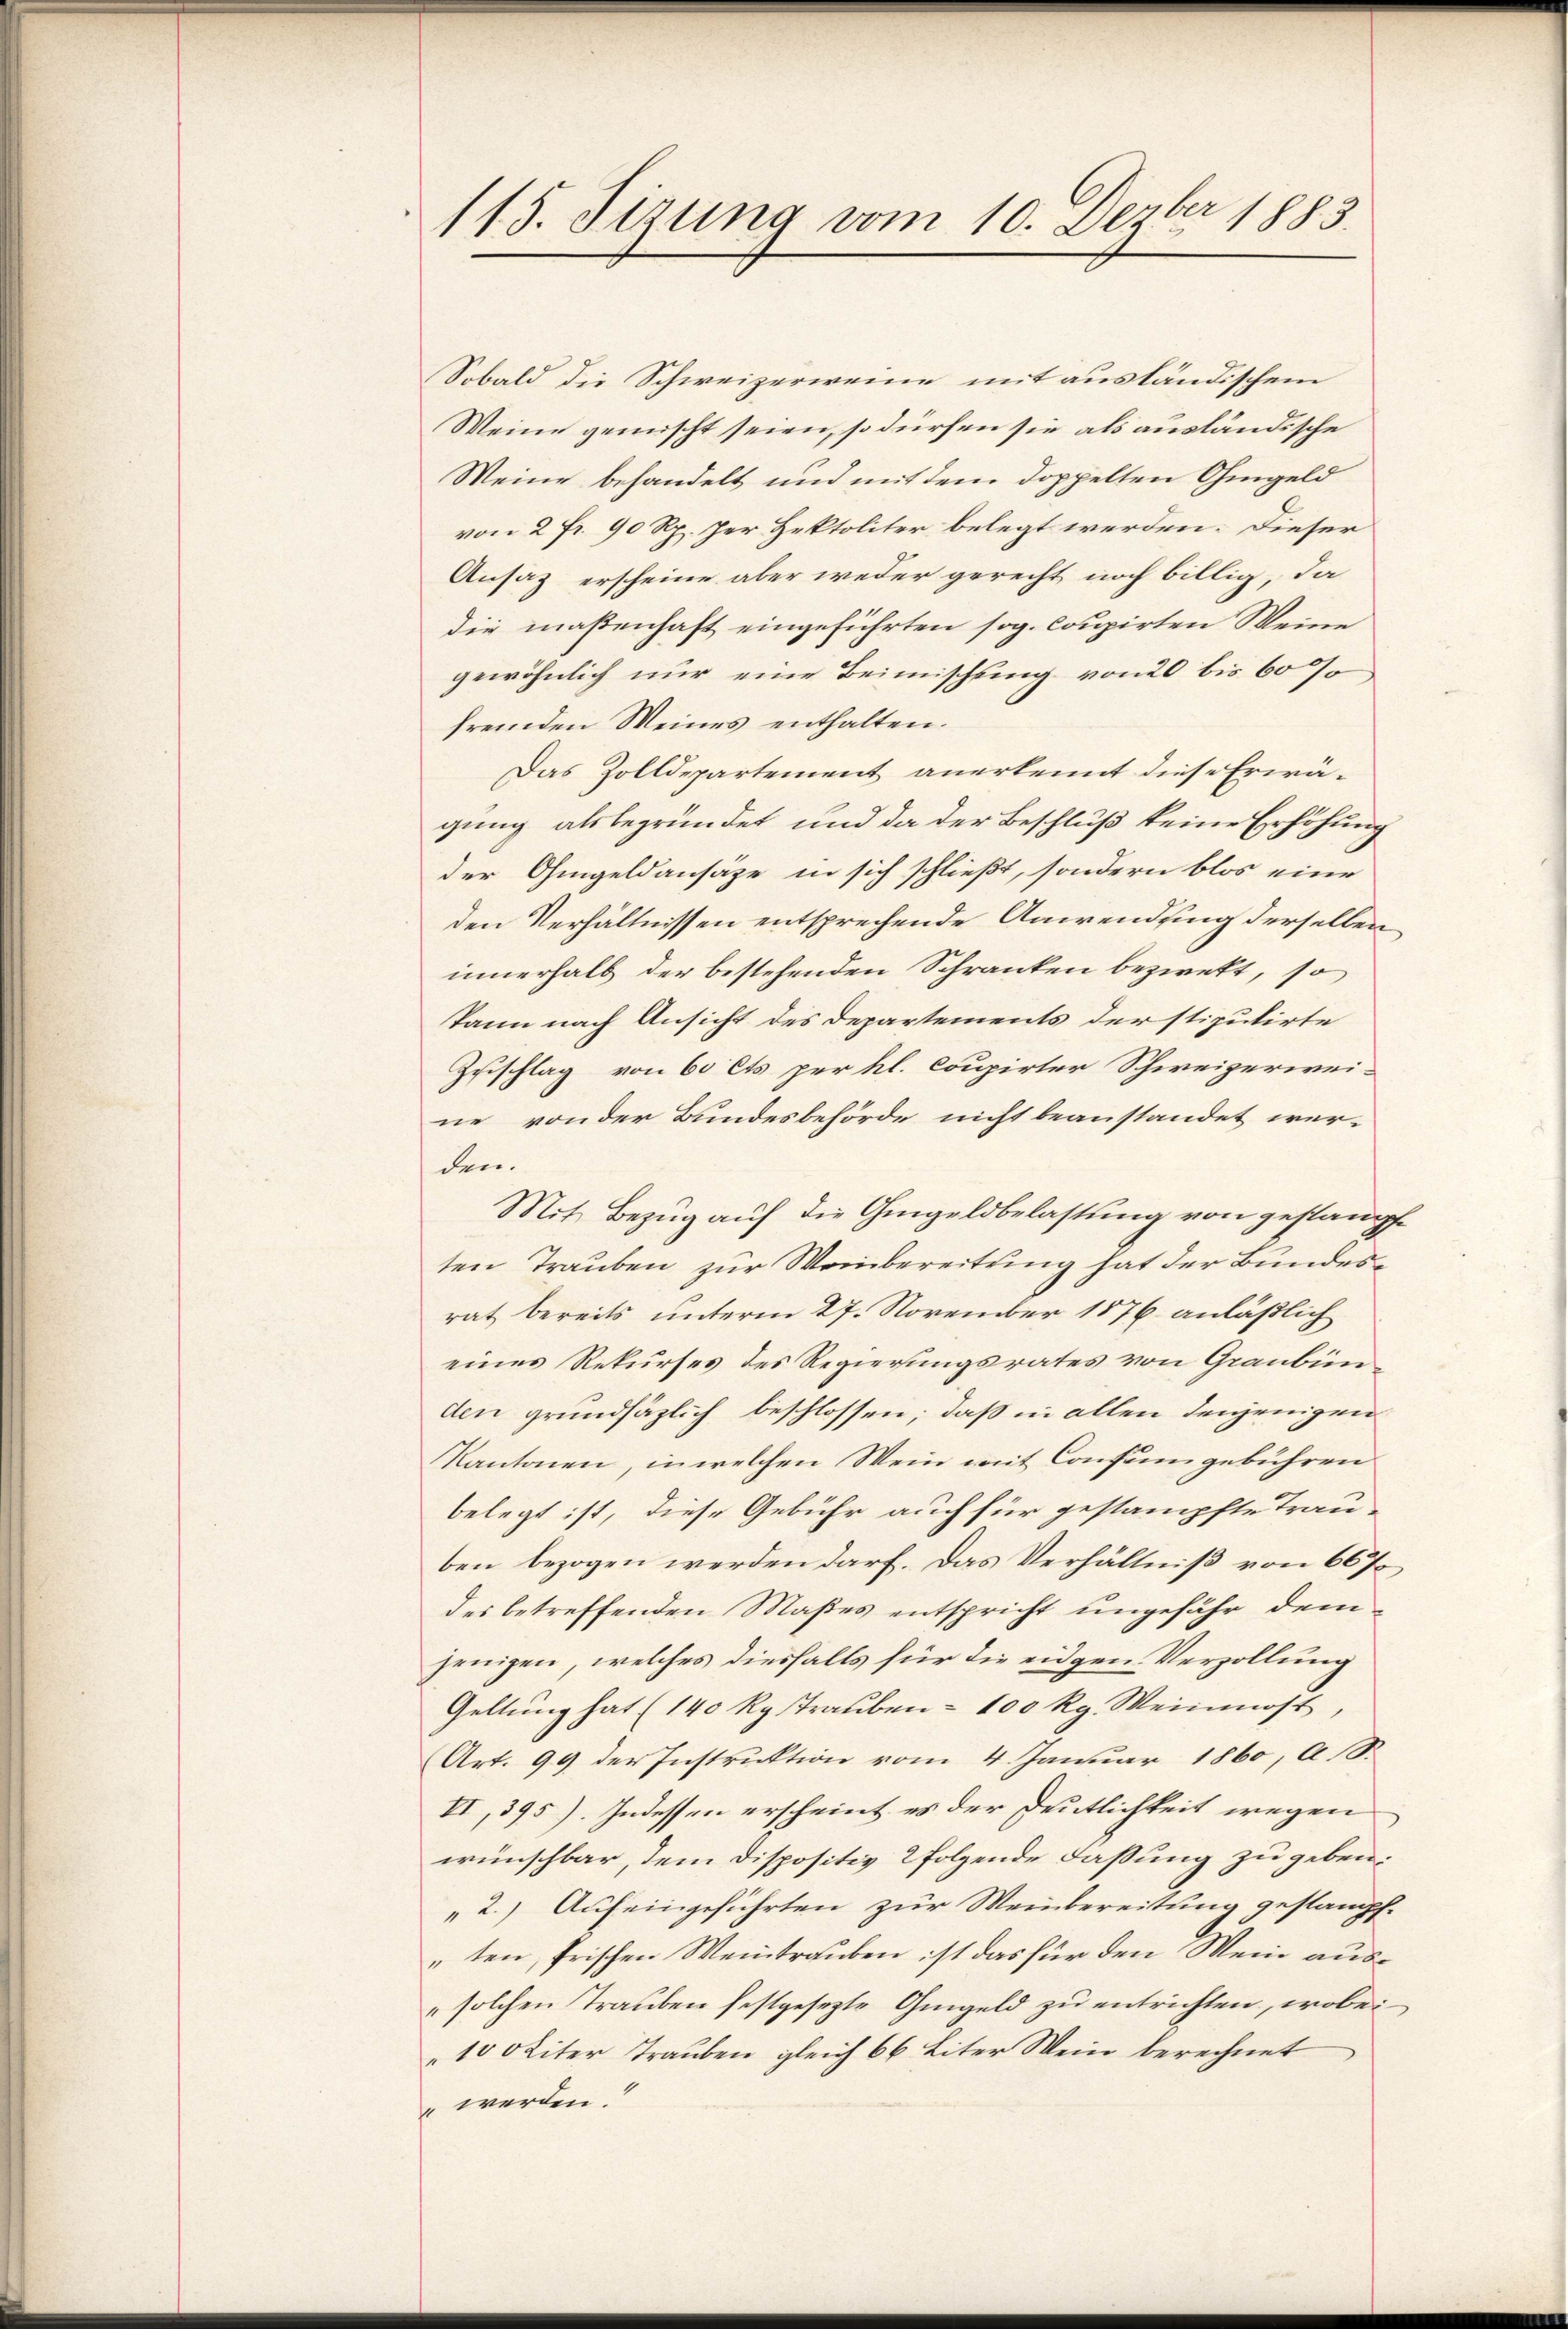
115. Sizung vom 10. Dezber 1883.

Sobald die Schweizerweine mit ausländischem
Weine gemischt seien, so dürfen sie als ausländische
Weine behandelt und mit dem doppelten Ohmgeld
von 2 fr. 90 Rp. per Hektoliter belegt werden. Dieser
Ansaz erscheine aber weder gerecht noch billig, da
die maßenhaft eingeführten sog. Coupirten Weine
gewöhnlich nur eine Beimischung von 20 bis 60
fremden Weines enthalten.
Das Zolldepartement anerkennt diese Erwägung als begründet und da der Beschluß keine Erhöhung
der Ohmgeldansäze in sich schließt, sondern blos eine
den Verhältnissen entsprechende Anwendung derselben
innerhalb der bestehenden Schranken bezwekt, so
kann nach Ansicht des Departements der stipulirte
Zuschlag von 60 Cts per hl. Coupirter Schweizerwei-
ne von der Bundesbehörde nicht beanstandet wer-
den.
Mit Bezug auf die Gingeldbelastung von gestampften Trauben zur Weinbereitung hat der Bundesrat bereits unterm 27. November 1876 anläßlich
eines Rekurses des Regierungsrates von Graubünden grundsätzlich beschlossen; daß in allen denjenigen
Kantonen, in welchen Wein mit Consumgebühren
belegt ist, diese Gebühr auch für gestampfte Trau-
ben bezogen werden darf. Das Verhältniß von 667
des betreffenden Maßes entspricht ungefähr demjenigen, welches diesfalls für die eidgen Verzollung
Geltung hat (140 Rp. Trauben = 100 Rg. Weinmost
Art. 99 der Instruktion vom 4. Januar 1860, a S.
VI,395). Indessen erscheint es der Deutlichkeit wegen
wünschbar, dem Dispositiv folgende Faßung zu geben:
„2.) Auf eingeführten zur Weinbereitung gestampf¬
„ten, frischen Weintrauben ist das für den Wein aus¬
" solchen Trauben festgesezte Gmgeld zu entrichten, wobei
10 Okiter Trauben gleich 66 Liter Wein berechnet
 werden.